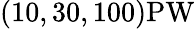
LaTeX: (10,30,100)\mathrm{PW}